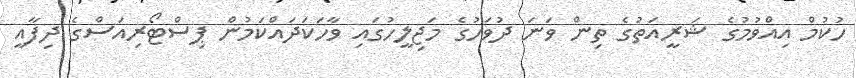
ހުކުމް އިއްވުމުގެ ޝަރީއަތުގެ ތިން ވަނަ ދުވަހުގެ މަޖިލީހުގައި ވާހަކަދައްކަމުން ޕިސްޓޯރިއަސްގެ ދިފާއީ